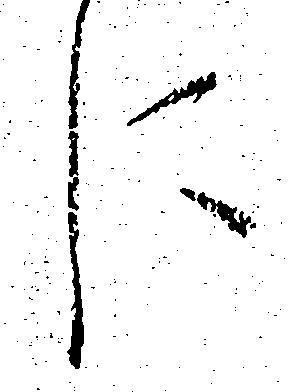
に